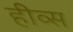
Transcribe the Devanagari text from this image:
हीव्स